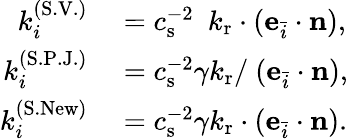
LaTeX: \begin{array}{rl}{k_{i}^{(\mathrm{S.V.})}}&{{}=c_{\mathrm{s}}^{-2}\ \ k_{\mathrm{r}}\cdot(\mathbf{e}_{\bar{i}}\cdot\mathbf{n}),}\\ {k_{i}^{(\mathrm{S.P.J.})}}&{{}=c_{\mathrm{s}}^{-2}\gamma k_{\mathrm{r}}/\ (\mathbf{e}_{\bar{i}}\cdot\mathbf{n}),}\\ {k_{i}^{(\mathrm{S.New})}}&{{}=c_{\mathrm{s}}^{-2}\gamma k_{\mathrm{r}}\cdot(\mathbf{e}_{\bar{i}}\cdot\mathbf{n}).}\end{array}